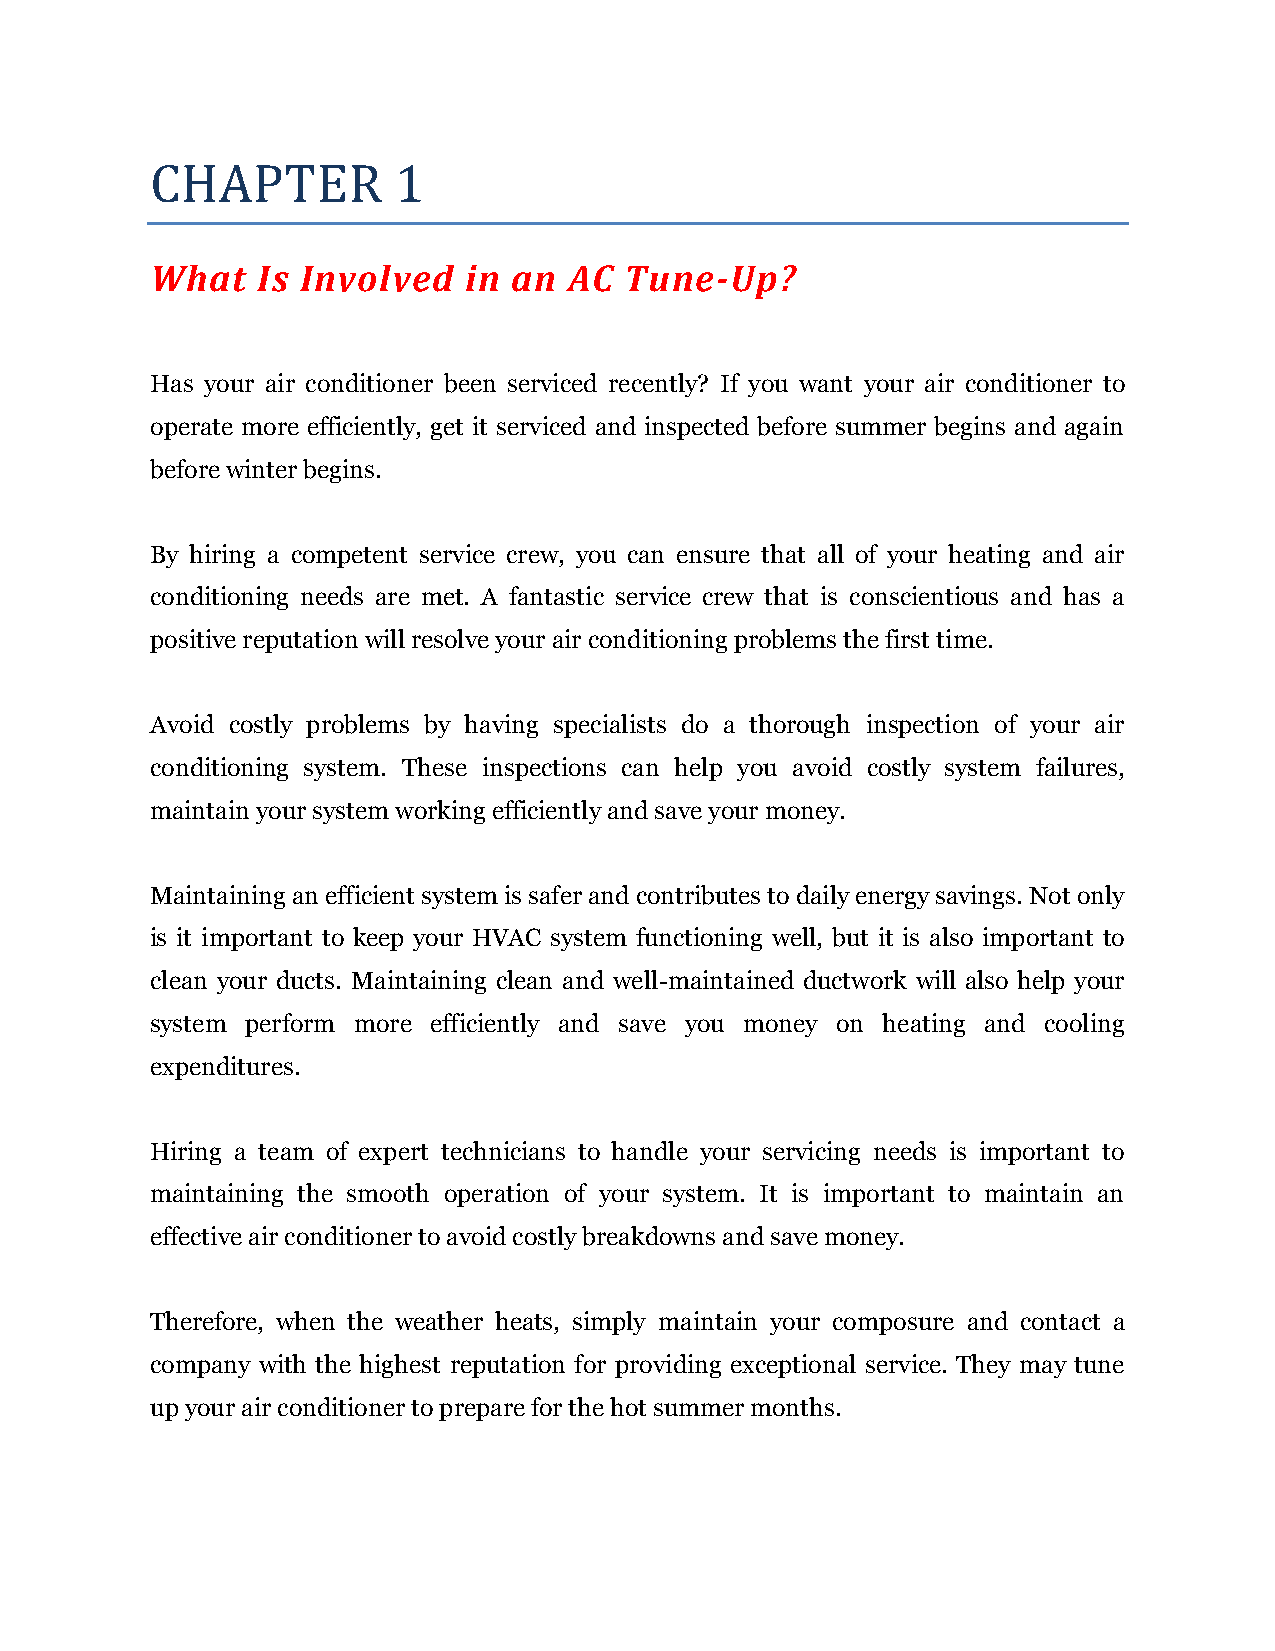
CHAPTER         1
 What   Is Involved   in an  AC Tune-Up?
 Has your air conditioner been serviced recently? If you want your air conditioner to
 operate more efficiently, get it serviced and inspected before summer begins and again
 before winter begins.
 By hiring a competent service crew, you can ensure that all of your heating and air
 conditioning needs are met. A fantastic service crew that is conscientious and has a
 positive reputation will resolve your air conditioning problems the first time.
 Avoid costly problems by having specialists do a thorough inspection of your air
 conditioning system. These inspections can help you avoid costly system failures,
 maintain your system working efficiently and save your money.
 Maintaining an efficient system is safer and contributes to daily energy savings. Not only
 is it important to keep your HVAC system functioning well, but it is also important to
 clean your ducts. Maintaining clean and well-maintained ductwork will also help your
 system perform more efficiently and save you money on heating and cooling
 expenditures.
 Hiring a team of expert technicians to handle your servicing needs is important to
 maintaining the smooth operation of your system. It is important to maintain an
 effective air conditioner to avoid costly breakdowns and save money.
 Therefore, when the weather heats, simply maintain your composure and contact a
 company with the highest reputation for providing exceptional service. They may tune
 up your air conditioner to prepare for the hot summer months.